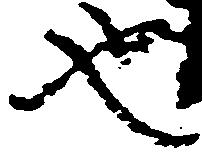
也